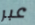
عبر